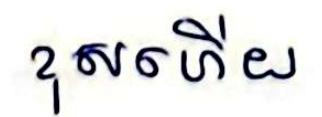
ខុសហើយ